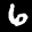
Label: 6